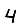
Digit: 4